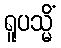
ရူပသ္မိံ